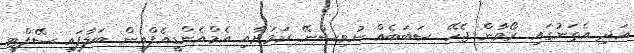
އަދި އެތަނުގައި ރޯވާން ޖެހޭ ސަބަބެއް ނުވިސްނޭ ކަމަށާއި އެމްއެންޑީއެފްއިން ބަލާފައި ސޭފްޓީ